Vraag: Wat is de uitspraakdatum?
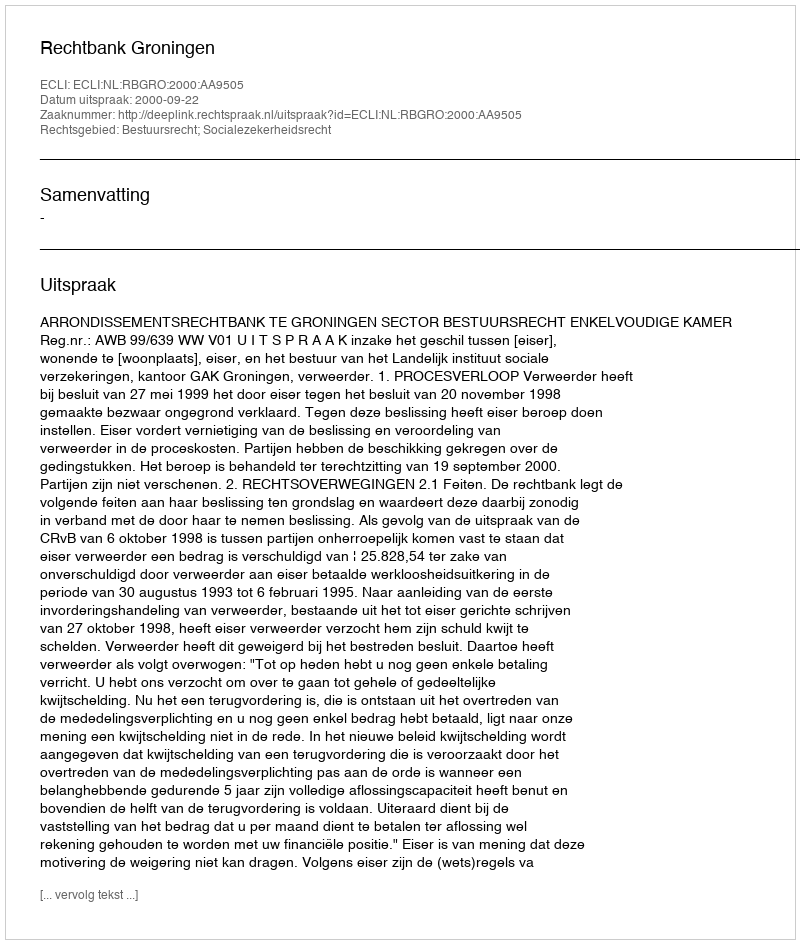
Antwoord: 2000-09-22